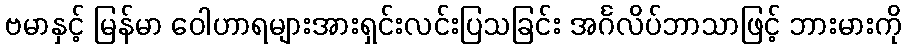
ဗမာနှင့် မြန်မာ ဝေါဟာရများအားရှင်းလင်းပြသခြင်း အင်္ဂလိပ်ဘာသာဖြင့် ဘားမားကို